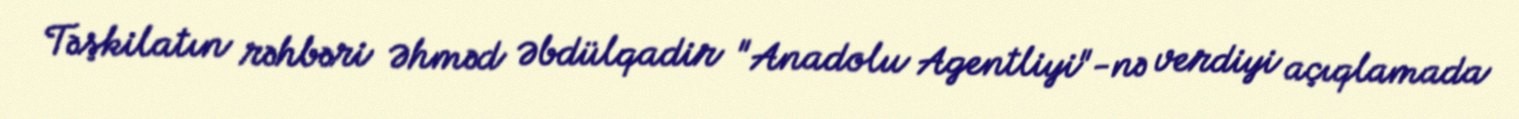
Təşkilatın rəhbəri Əhməd Əbdülqadir "Anadolu Agentliyi"-nə verdiyi açıqlamada